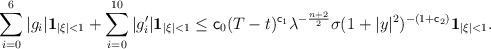
LaTeX: \begin{align*} \sum_{i=0}^6 |g_i| {\bf 1}_{|\xi|<1} + \sum_{i=0}^{10} |g_i'| {\bf 1}_{|\xi|<1} &\leq {\sf c}_0 (T-t)^{{\sf c}_1} \lambda^{-\frac{n+2}{2}} \sigma (1+|y|^2)^{-(1+{\sf c}_2)} {\bf 1}_{|\xi|<1}. \end{align*}